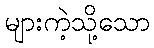
များကဲ့သို့သော